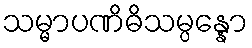
သမ္မာပဏိဓိသမ္ပန္နော